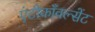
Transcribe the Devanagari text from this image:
एंटीकाँवल्सेंट